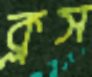
ক্লস